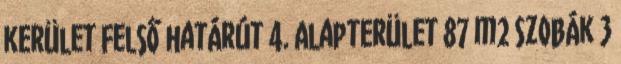
kerület Felső határút 4. Alapterület 87 m2 Szobák 3